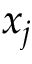
x _ { j }